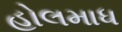
હોલમાધ